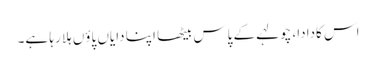
اس کادادا، چولہے کے پاس بیٹھا اپنا دایاں پاؤں ہلا رہا ہے۔